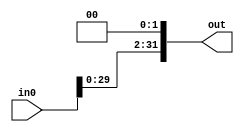
module leftLogicalShiftTwo(in0, out);
	
	input [31:0] in0;
	output [31:0] out;
	
	assign out[0] = 1'b0;
	assign out[1] = 1'b0;
	assign out[2] = in0[0];
	assign out[3] = in0[1];
	assign out[4] = in0[2];
	assign out[5] = in0[3];
	assign out[6] = in0[4];
	assign out[7] = in0[5];
	assign out[8] = in0[6];
	assign out[9] = in0[7];
	assign out[10] = in0[8];
	assign out[11] = in0[9];
	assign out[12] = in0[10];
	assign out[13] = in0[11];
	assign out[14] = in0[12];
	assign out[15] = in0[13];
	assign out[16] = in0[14];
	assign out[17] = in0[15];
	assign out[18] = in0[16];
	assign out[19] = in0[17];
	assign out[20] = in0[18];
	assign out[21] = in0[19];
	assign out[22] = in0[20];
	assign out[23] = in0[21];
	assign out[24] = in0[22];
	assign out[25] = in0[23];
	assign out[26] = in0[24];
	assign out[27] = in0[25];
	assign out[28] = in0[26];
	assign out[29] = in0[27];
	assign out[30] = in0[28];
	assign out[31] = in0[29];
	
	/*
	wire temp_0_a;
	mux_2_onebit(ctrl_shiftamt[0], in0[0], 1'b0, temp_0_a);
	mux_2_onebit(ctrl_shiftamt[1], temp_0_a, 1'b0, out[0]);
	
	wire temp_1_a;
	mux_2_onebit(ctrl_shiftamt[0], in0[1], in0[0], temp_1_a);
	mux_2_onebit(ctrl_shiftamt[1], temp_1_a, 1'b0, out[1]);
	
	wire temp_2_a;
	mux_2_onebit(ctrl_shiftamt[0], in0[2], in0[1], temp_2_a);
	mux_2_onebit(ctrl_shiftamt[1], temp_2_a, in0[0], out[2]);
	
	wire temp_3_a;
	mux_2_onebit(ctrl_shiftamt[0], in0[3], in0[2], temp_3_a);
	mux_2_onebit(ctrl_shiftamt[1], temp_3_a, in0[1], out[3]);
	
	wire temp_4_a;
	mux_2_onebit(ctrl_shiftamt[0], in0[4], in0[3], temp_4_a);
	mux_2_onebit(ctrl_shiftamt[1], temp_4_a, in0[2], out[4]);
	
	wire temp_5_a;
	mux_2_onebit(ctrl_shiftamt[0], in0[5], in0[4], temp_5_a);
	mux_2_onebit(ctrl_shiftamt[1], temp_5_a, in0[3], out[5]);
	
	wire temp_6_a;
	mux_2_onebit(ctrl_shiftamt[0], in0[6], in0[5], temp_6_a);
	mux_2_onebit(ctrl_shiftamt[1], temp_6_a, in0[4], out[6]);


	wire temp_7_a;
	mux_2_onebit(ctrl_shiftamt[0], in0[7], in0[6], temp_7_a);
	mux_2_onebit(ctrl_shiftamt[1], temp_7_a, in0[5], out[7]);


	wire temp_8_a;
	mux_2_onebit(ctrl_shiftamt[0], in0[8], in0[7], temp_8_a);
	mux_2_onebit(ctrl_shiftamt[1], temp_8_a, in0[6], out[8]);


	wire temp_9_a;
	mux_2_onebit(ctrl_shiftamt[0], in0[9], in0[8], temp_9_a);
	mux_2_onebit(ctrl_shiftamt[1], temp_9_a, in0[7], out[9]);


	wire temp_10_a;
	mux_2_onebit(ctrl_shiftamt[0], in0[10], in0[9], temp_10_a);
	mux_2_onebit(ctrl_shiftamt[1], temp_10_a, in0[8], out[10]);


	wire temp_11_a;
	mux_2_onebit(ctrl_shiftamt[0], in0[11], in0[10], temp_11_a);
	mux_2_onebit(ctrl_shiftamt[1], temp_11_a, in0[9], out[11]);


	wire temp_12_a;
	mux_2_onebit(ctrl_shiftamt[0], in0[12], in0[11], temp_12_a);
	mux_2_onebit(ctrl_shiftamt[1], temp_12_a, in0[10], out[12]);


	wire temp_13_a;
	mux_2_onebit(ctrl_shiftamt[0], in0[13], in0[12], temp_13_a);
	mux_2_onebit(ctrl_shiftamt[1], temp_13_a, in0[11], out[13]);


	wire temp_14_a;
	mux_2_onebit(ctrl_shiftamt[0], in0[14], in0[13], temp_14_a);
	mux_2_onebit(ctrl_shiftamt[1], temp_14_a, in0[12], out[14]);


	wire temp_15_a;
	mux_2_onebit(ctrl_shiftamt[0], in0[15], in0[14], temp_15_a);
	mux_2_onebit(ctrl_shiftamt[1], temp_15_a, in0[13], out[15]);


	wire temp_16_a;
	mux_2_onebit(ctrl_shiftamt[0], in0[16], in0[15], temp_16_a);
	mux_2_onebit(ctrl_shiftamt[1], temp_16_a, in0[14], out[16]);


	wire temp_17_a;
	mux_2_onebit(ctrl_shiftamt[0], in0[17], in0[16], temp_17_a);
	mux_2_onebit(ctrl_shiftamt[1], temp_17_a, in0[15], out[17]);


	wire temp_18_a;
	mux_2_onebit(ctrl_shiftamt[0], in0[18], in0[17], temp_18_a);
	mux_2_onebit(ctrl_shiftamt[1], temp_18_a, in0[16], out[18]);


	wire temp_19_a;
	mux_2_onebit(ctrl_shiftamt[0], in0[19], in0[18], temp_19_a);
	mux_2_onebit(ctrl_shiftamt[1], temp_19_a, in0[17], out[19]);


	wire temp_20_a;
	mux_2_onebit(ctrl_shiftamt[0], in0[20], in0[19], temp_20_a);
	mux_2_onebit(ctrl_shiftamt[1], temp_20_a, in0[18], out[20]);


	wire temp_21_a;
	mux_2_onebit(ctrl_shiftamt[0], in0[21], in0[20], temp_21_a);
	mux_2_onebit(ctrl_shiftamt[1], temp_21_a, in0[19], out[21]);


	wire temp_22_a;
	mux_2_onebit(ctrl_shiftamt[0], in0[22], in0[21], temp_22_a);
	mux_2_onebit(ctrl_shiftamt[1], temp_22_a, in0[20], out[22]);


	wire temp_23_a;
	mux_2_onebit(ctrl_shiftamt[0], in0[23], in0[22], temp_23_a);
	mux_2_onebit(ctrl_shiftamt[1], temp_23_a, in0[21], out[23]);


	wire temp_24_a;
	mux_2_onebit(ctrl_shiftamt[0], in0[24], in0[23], temp_24_a);
	mux_2_onebit(ctrl_shiftamt[1], temp_24_a, in0[22], out[24]);


	wire temp_25_a;
	mux_2_onebit(ctrl_shiftamt[0], in0[25], in0[24], temp_25_a);
	mux_2_onebit(ctrl_shiftamt[1], temp_25_a, in0[23], out[25]);


	wire temp_26_a;
	mux_2_onebit(ctrl_shiftamt[0], in0[26], in0[25], temp_26_a);
	mux_2_onebit(ctrl_shiftamt[1], temp_26_a, in0[24], out[26]);


	wire temp_27_a;
	mux_2_onebit(ctrl_shiftamt[0], in0[27], in0[26], temp_27_a);
	mux_2_onebit(ctrl_shiftamt[1], temp_27_a, in0[25], out[27]);


	wire temp_28_a;
	mux_2_onebit(ctrl_shiftamt[0], in0[28], in0[27], temp_28_a);
	mux_2_onebit(ctrl_shiftamt[1], temp_28_a, in0[26], out[28]);


	wire temp_29_a;
	mux_2_onebit(ctrl_shiftamt[0], in0[29], in0[28], temp_29_a);
	mux_2_onebit(ctrl_shiftamt[1], temp_29_a, in0[27], out[29]);


	wire temp_30_a;
	mux_2_onebit(ctrl_shiftamt[0], in0[30], in0[29], temp_30_a);
	mux_2_onebit(ctrl_shiftamt[1], temp_30_a, in0[28], out[30]);


	wire temp_31_a;
	mux_2_onebit(ctrl_shiftamt[0], in0[31], in0[30], temp_31_a);
	mux_2_onebit(ctrl_shiftamt[1], temp_31_a, in0[29], out[31]);	
	*/

endmodule